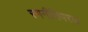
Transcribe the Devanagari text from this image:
रणनीतिपरक